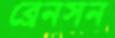
ব্রেনসন